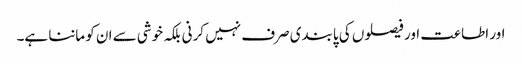
اور اطاعت اور فیصلوں کی پابندی صرف نہیں کرنی بلکہ خوشی سے ان کو ماننا ہے۔